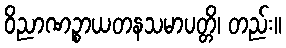
ဝိညာဏဉ္စာယတနသမာပတ္တိ၊ တည်း။